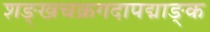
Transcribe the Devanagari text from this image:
शङ्खचक्रगदापद्माङ्क